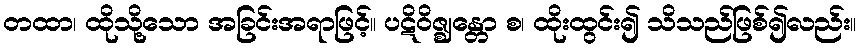
တထာ၊ ထိုသို့သော အခြင်းအရာဖြင့်။ ပဋိဝိဇ္ဈန္တော စ၊ ထိုးထွင်း၍ သိသည်ဖြစ်၍လည်း။